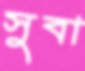
সুবা